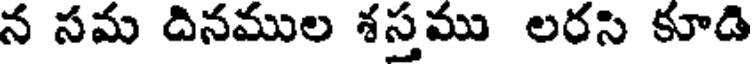
న సమ దినముల శస్తము లరసి కూడి